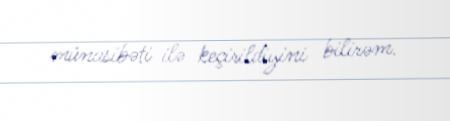
münasibəti ilə keçirildiyini bilirəm.